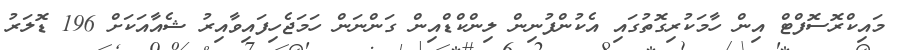
މައިކްރޮސޮފްޓް އިން ހާމަކުރިގޮތުގައި އެކުންފުނިން ލިންކްޑްއިން ގަންނަން ހަމަޖެހިފައިވާއިރު ޝެއާއަކަށް 196 ޑޮލަރު